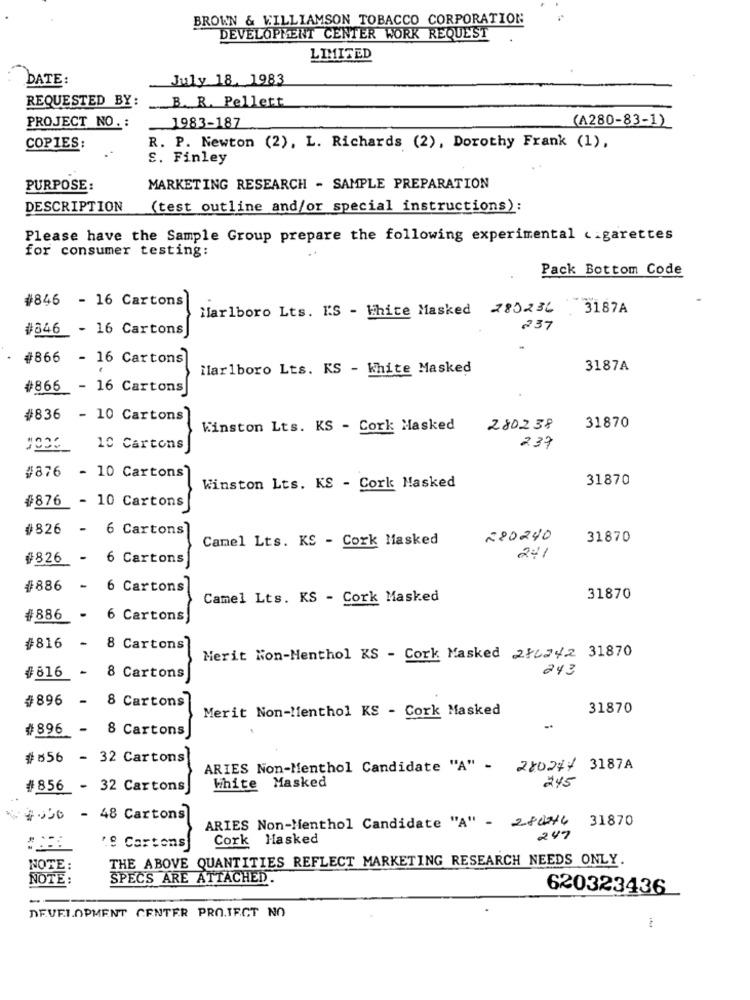
BROWN & WILLIAMSON TOBACCO CORPORATION
DEVELOPMENT CENTER WORK REQUEST
LIMITED
DATE:
July 18, 1983
REQUESTED BY:
.B. R. Pellett
PROJECT NO .:
.1983-187
(A280-83-1)
COPIES:
R. P. Newton (2), L. Richards (2), Dorothy Frank (1),
S. Finley
PURPOSE:
MARKETING RESEARCH - SAMPLE PREPARATION
DESCRIPTION
(test outline and/or special instructions):
Please have the Sample Group prepare the following experimental cigarettes
for consumer testing:
Pack Bottom Code
#846 - 16 Cartons
Marlboro Lts. IS - White Masked 285236. 3187A
#346 - 16 Cartons
237
#866 - 16 Cartons
Marlboro Lts. KS - White Masked
3187A
#866 - 16 Cartons
#836 - 10 Cartons
Kinston Lts. KS - Cork Masked
280238
31870
10 Cartons
237
#876 - 10 Cartons
31870
Winston Lts. KS - Cork Masked
#876 - 10 Cartons
#826
- 6 Cartons
Camel Lts. KS - Cork Masked
280240
31870
#826
- 6 Cartons
241
#886
- 6 Cartons
Camel Lts. KS - Cork Masked
31870
#886 - 6 Cartons
#816 - 8 Cartons
Merit Non-Menthol KS - Cork Masked 286242 31870
243
#616 - 8 Cartons
#896 - 8 Cartons
Merit Non-Menthol KS - Cork Masked
31870
#896 - 8 Cartons
#856 - 32 Cartons
ARIES Non-Menthol Candidate "A" - 28027/ 3187A
245
#856 - 32 Cartons
White Masked
- 48 Cartons
ARIES Non-Menthol Candidate "A" - 84 31870
Cork Hasked
247
.9 Cartons
THE ABOVE QUANTITIES REFLECT MARKETING RESEARCH NEEDS ONLY.
NOTE
NOTE:
SPECS ARE ATTACHED.
620323436
--
DEVELOPMENT CENTER PROJECT NO